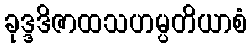
ခုဒ္ဒဒိဇာထသဟမ္ပတိယာစံ